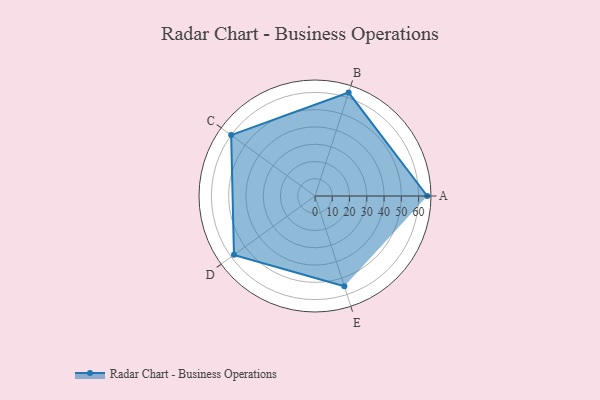
{"axis": {"x": "Skill", "y": "Score"}, "legend": ["Profile"], "data": [{"x": "A", "y": 65.0, "type": "Profile"}, {"x": "B", "y": 63.0, "type": "Profile"}, {"x": "C", "y": 60.0, "type": "Profile"}, {"x": "D", "y": 58.0, "type": "Profile"}, {"x": "E", "y": 55.0, "type": "Profile"}]}